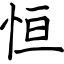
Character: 恒